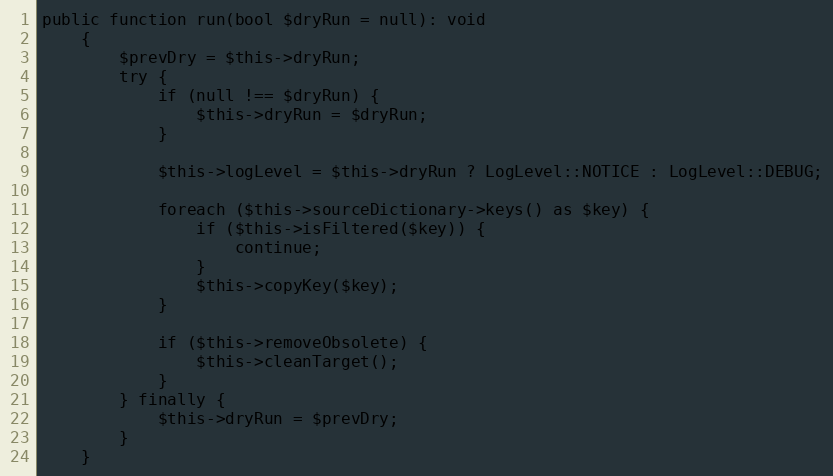
Language: PHP
public function run(bool $dryRun = null): void
    {
        $prevDry = $this->dryRun;
        try {
            if (null !== $dryRun) {
                $this->dryRun = $dryRun;
            }

            $this->logLevel = $this->dryRun ? LogLevel::NOTICE : LogLevel::DEBUG;

            foreach ($this->sourceDictionary->keys() as $key) {
                if ($this->isFiltered($key)) {
                    continue;
                }
                $this->copyKey($key);
            }

            if ($this->removeObsolete) {
                $this->cleanTarget();
            }
        } finally {
            $this->dryRun = $prevDry;
        }
    }